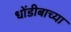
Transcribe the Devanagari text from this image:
धोंडीबाच्या